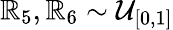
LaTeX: \mathbb{R}_{5},\mathbb{R}_{6}\sim\mathcal{{U}}_{[0,1]}